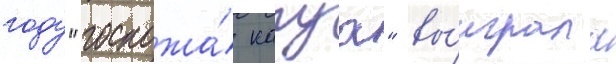
году "госпожа́ кагуа" вы́играла